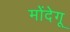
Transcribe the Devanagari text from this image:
मोंदेगू